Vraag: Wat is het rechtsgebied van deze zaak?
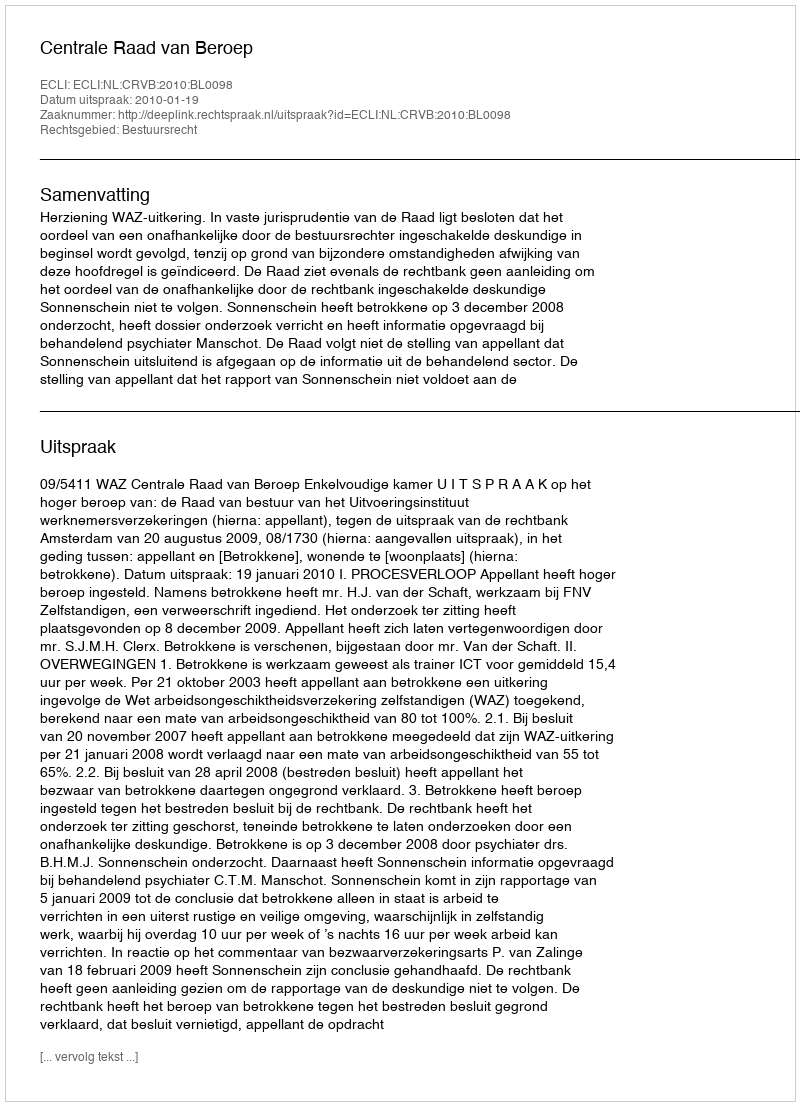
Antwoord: Bestuursrecht